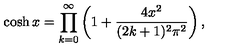
\cosh x = \prod _ { k = 0 } ^ { \infty } \left( 1 + \frac { 4 x ^ { 2 } } { ( 2 k + 1 ) ^ { 2 } \pi ^ { 2 } } \right) ,